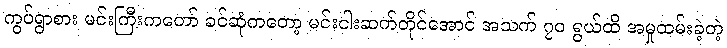
ကွပ်ရွာစား မင်းကြီးကတော် ခင်ဆုံကတော့ မင်းငါးဆက်တိုင်အောင် အသက် ၇၀ ရွယ်ထိ အမှုထမ်းခဲ့တဲ့